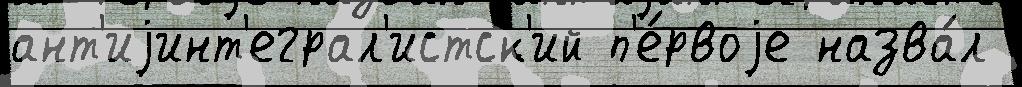
ант'иjинт'еграл'истск'ий п'е́рвоjе назва́л